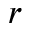
r